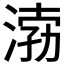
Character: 𱧉